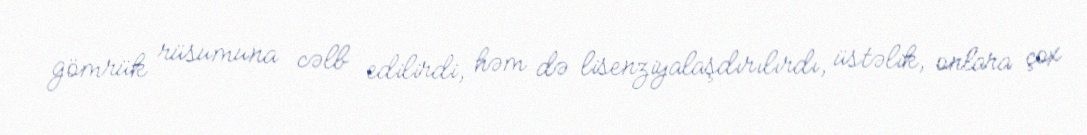
gömrük rüsumuna cəlb edilirdi, həm də lisenziyalaşdırılırdı, üstəlik, onlara çox